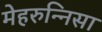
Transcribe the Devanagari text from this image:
मेहरुन्‍निसा